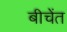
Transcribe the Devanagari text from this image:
बीचेंत